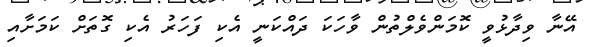
އޭނާ ވިދާޅުވީ ކޮމަންވެލްތުން ވާހަކަ ދައްކަނީ އެކި ފަހަރު އެކި ގޮތަށް ކަމަށާއި